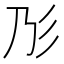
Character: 𢒁